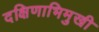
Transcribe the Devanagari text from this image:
दक्षिणाभिमुखी